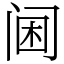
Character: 阃